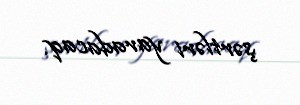
şərtləri yaradacaq.